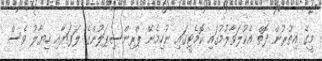
މީގެ އިތުރުން ފޮތް އެކުލަވާލުމުގައި ކޮމެޓީގައި ނުހިމެނޭ ޕްރިންސިޕަލުންގެ ލަފަޔާއި ހިޔާލު ވެސް